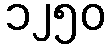
၁၂၅၀